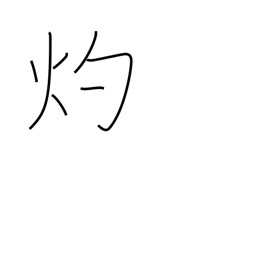
Meaning: miraculous